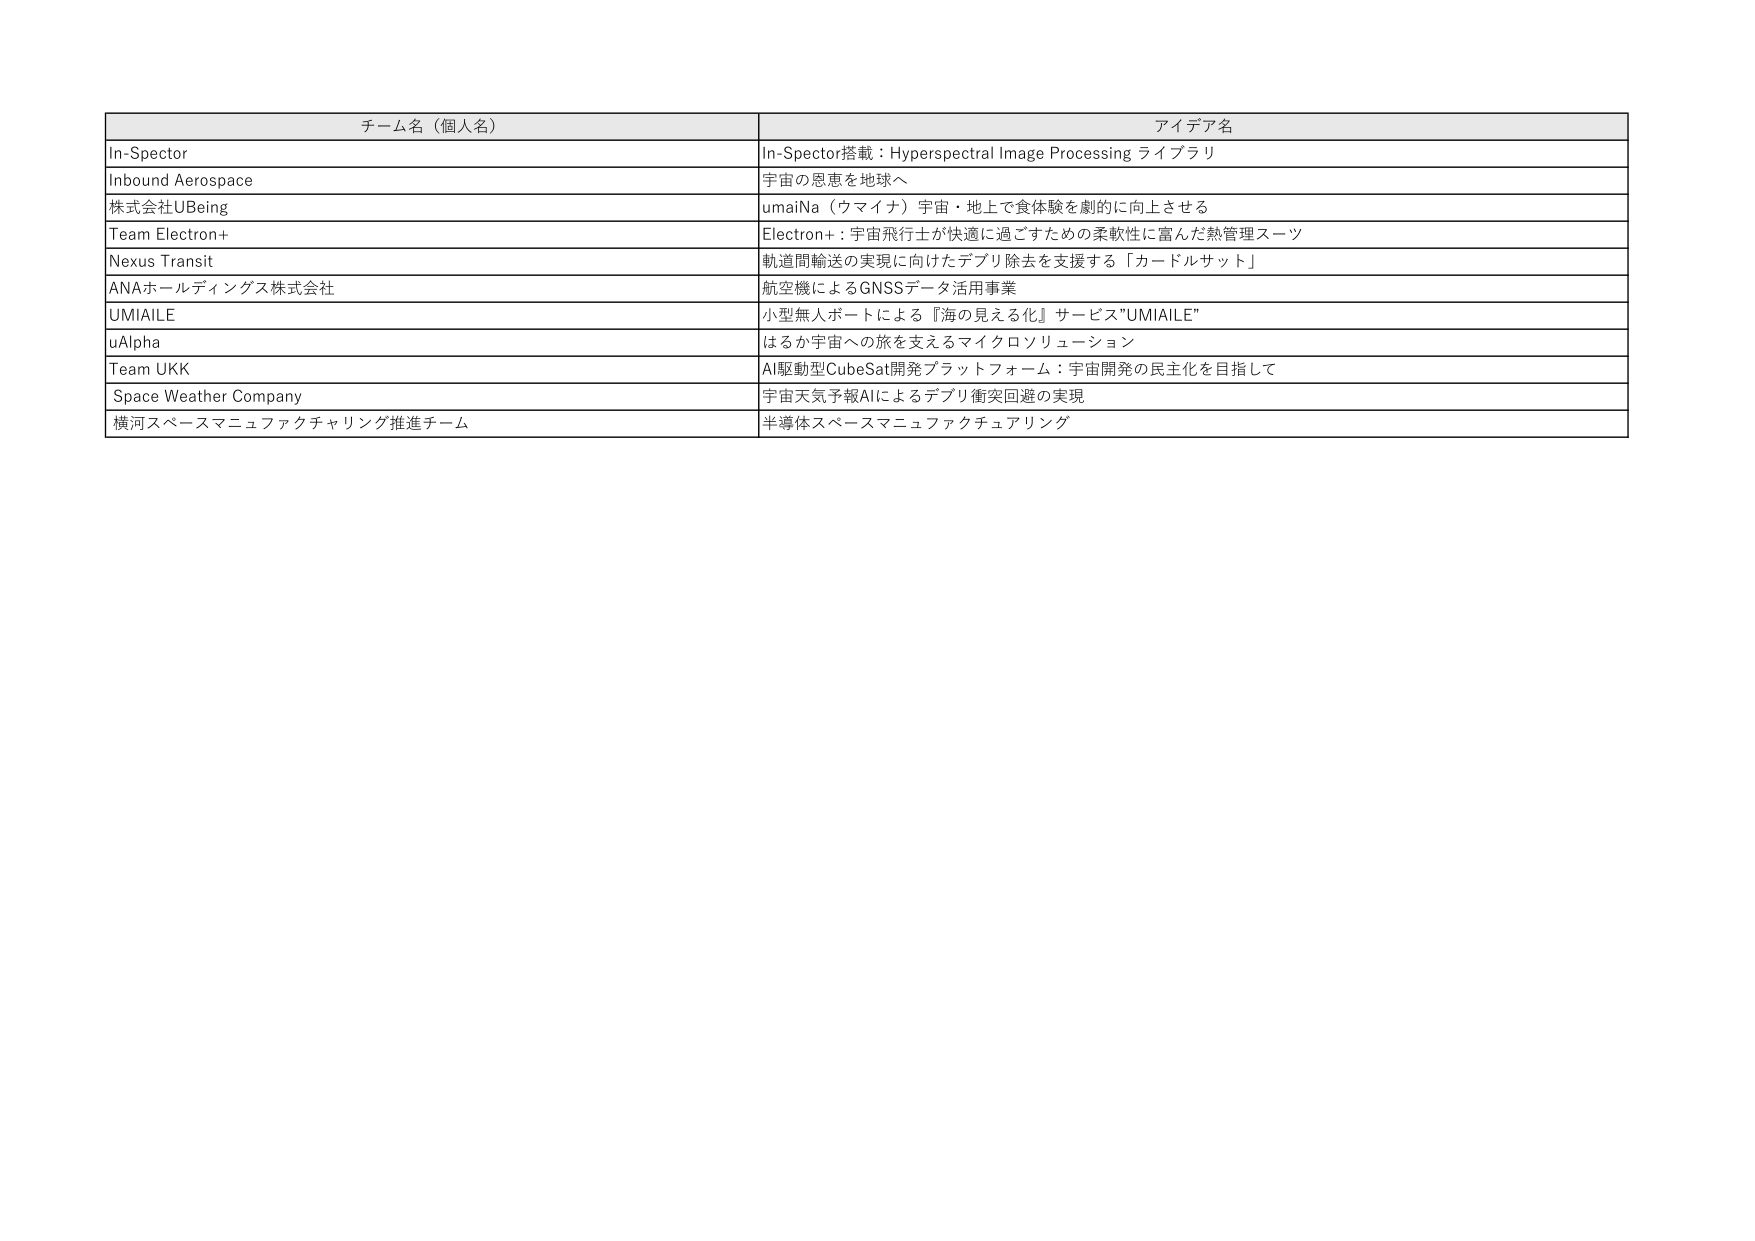
チーム名（個人名） アイデア名
In-Spector In-Spector搭載：Hyperspectral Image Processing ライブラリ
Inbound Aerospace 宇宙の恩恵を地球へ
株式会社UBeing umaiNa（ウマイナ）宇宙・地上で食体験を劇的に向上させる
Team Electron+ Electron+：宇宙飛行士が快適に過ごすための柔軟性に富んだ熱管理スーツ
Nexus Transit 軌道間輸送の実現に向けたデブリ除去を支援する「カードルサット」
ANAホールディングス株式会社 航空機によるGNSSデータ活用事業
UMIAILE 小型無人ボートによる『海の見える化』サービス"UMIAILE"
uAlpha はるか宇宙への旅を支えるマイクロソリューション
Team UKK AI駆動型CubeSat開発プラットフォーム：宇宙開発の民主化を目指して
Space Weather Company 宇宙天気予報AIによるデブリ衝突回避の実現
横河スペースマニュファクチャリング推進チーム 半導体スペースマニュファクチャリング